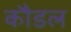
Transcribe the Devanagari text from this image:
कौडल